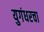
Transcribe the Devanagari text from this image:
युगंधरचा